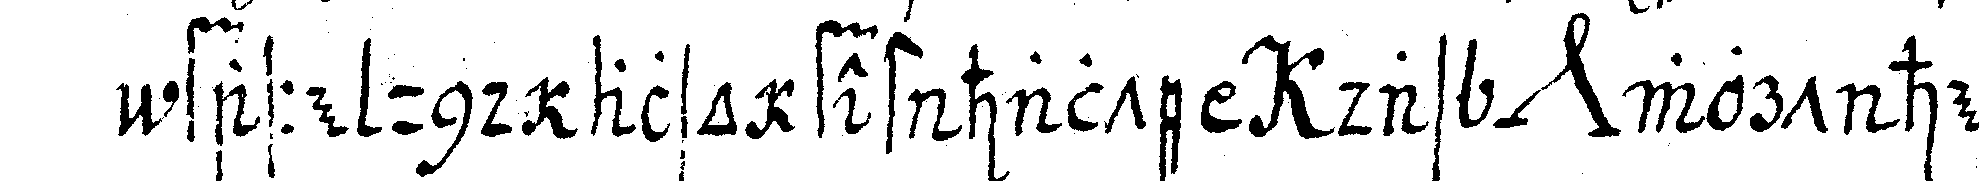
fasse und also fest halte das *nee* wort heisst